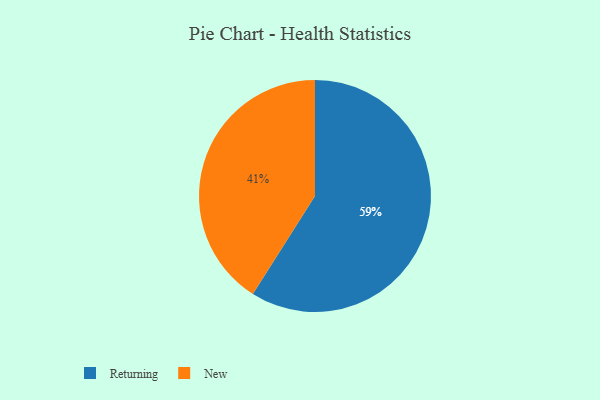
{"axis": {"x": "Category", "y": "Percentage"}, "legend": ["New", "Returning"], "data": [{"x": "Returning", "y": 59, "type": "Returning"}, {"x": "New", "y": 41, "type": "New"}]}